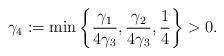
LaTeX: \begin{align*}\gamma_4:=\min\bigg\{\frac{\gamma_1}{4\gamma_3},\frac{\gamma_2}{4\gamma_3},\frac{1}{4}\bigg\}>0.\end{align*}